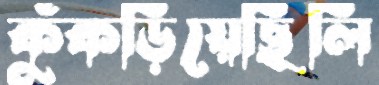
কুঁকড়িয়েছিলি